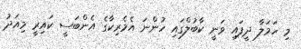
މި ހަމަލާ ދީފައި ވަނީ ކާބުލްގައި ހުންނަ އެމެރިކާގެ އެންބަސީ ކައިރީ މިއަދު